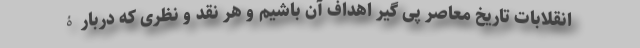
انقلابات تاریخ معاصر پی گیر اهداف آن باشیم و هر نقد و نظری که دربارۀ